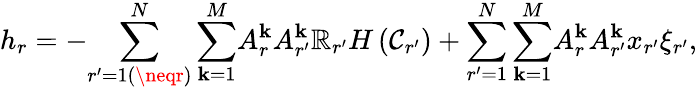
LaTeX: h_{r}=-{\sum_{r^{\prime}=1(\neqr)}^{N}\sum_{\mathbf{k}=1}^{M}}A_{r}^{\mathbf{k}}A_{r^{\prime}}^{\mathbf{k}}\mathbb{R}_{r^{\prime}}H\left(\mathcal{C}_{r^{\prime}}\right)+{\sum_{r^{\prime}=1}^{N}\sum_{\mathbf{k}=1}^{M}}A_{r}^{\mathbf{k}}A_{r^{\prime}}^{\mathbf{k}}x_{r^{\prime}}\xi_{r^{\prime}},